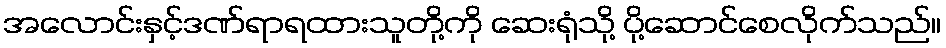
အလောင်းနှင့်ဒဏ်ရာရထားသူတို့ကို ဆေးရုံသို့ ပို့ဆောင်စေလိုက်သည်။